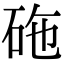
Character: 砤